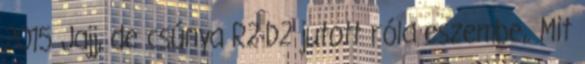
2015 Jajj, de csúnya R2-D2 jutott róla eszembe,. Mit